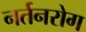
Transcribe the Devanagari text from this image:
नर्तनरोग